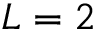
L = 2